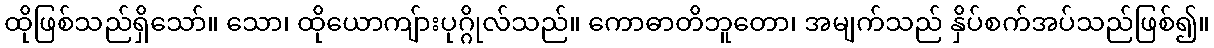
ထိုဖြစ်သည်ရှိသော်။ သော၊ ထိုယောကျ်ားပုဂ္ဂိုလ်သည်။ ကောဓာတိဘူတော၊ အမျက်သည် နှိပ်စက်အပ်သည်ဖြစ်၍။